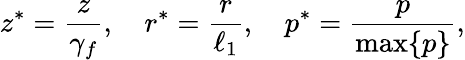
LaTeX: z^{*}=\frac{z}{\gamma_{f}},\quad r^{*}=\frac{r}{\ell_{1}},\quad p^{*}=\frac{p}{\operatorname*{max}\{ p\} },